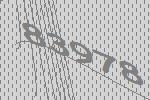
83978